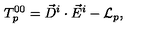
T _ { p } ^ { 0 0 } = \vec { D } ^ { i } \cdot \vec { E } ^ { i } - { \cal L } _ { p } ,